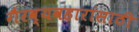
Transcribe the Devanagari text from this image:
गैरव्यवहारांसाठी